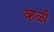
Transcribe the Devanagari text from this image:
व्हळी